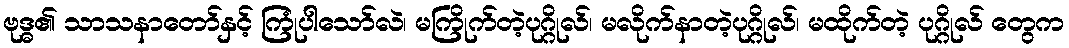
ဗုဒ္ဓ၏ သာသနာတော်နှင့် ကြုံပါသော်လဲ၊ မကြိုက်တဲ့ပုဂ္ဂိုလ်၊ မလိုက်နာတဲ့ပုဂ္ဂိုလ်၊ မထိုက်တဲ့ ပုဂ္ဂိုလ် တွေက